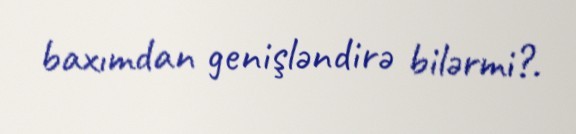
baxımdan genişləndirə bilərmi?.